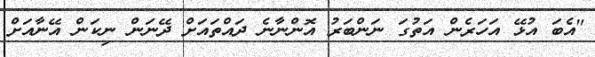
"އެބަ އުޅޭ އަހަރެން އަތުގަ ނަންބަރު އޮންނާނެ ދައްތައަށް ދޭނަން ނިކަން އޭނާއަށް